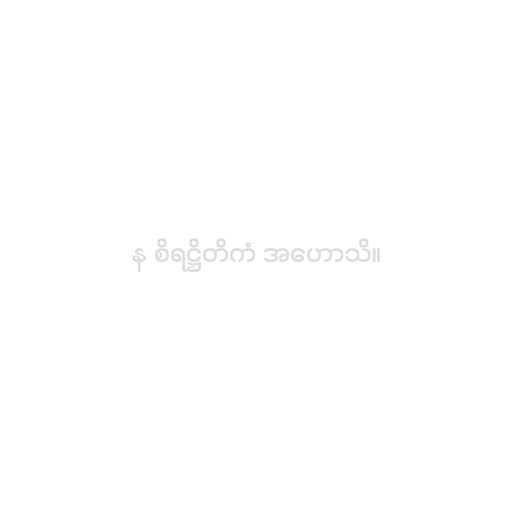
န စိရဋ္ဌိတိကံ အဟောသိ။